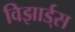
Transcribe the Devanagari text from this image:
विझार्ड्‌स